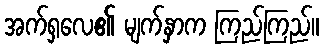
အက်ရှလေ၏ မျက်နှာက ကြည်ကြည်။